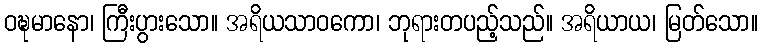
ဝဍ္ဎမာနော၊ ကြီးပွားသော။ အရိယသာဝကော၊ ဘုရားတပည့်သည်။ အရိယာယ၊ မြတ်သော။